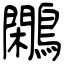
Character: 鷴